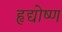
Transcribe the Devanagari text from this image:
हृद्योष्ण